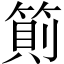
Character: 䈟